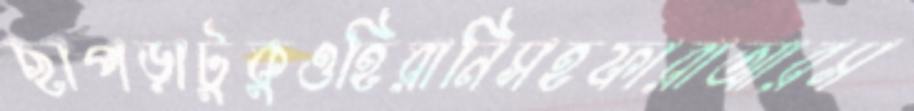
ছাপড়াটুকুওহিরানিসহফারাআরস